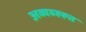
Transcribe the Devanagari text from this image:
अव्यव्ह्ह्त